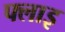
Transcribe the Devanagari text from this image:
फ्लाइ